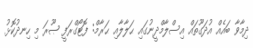
ދިމާވާ ބައެއް އުދަގޫތައް އިސްލާމްދީނުގައި ޙަލާލާއި ޙަރާމް: ފޮޓޯގްރަފީ ޞޫރަ މި ހިނދުކޮޅު